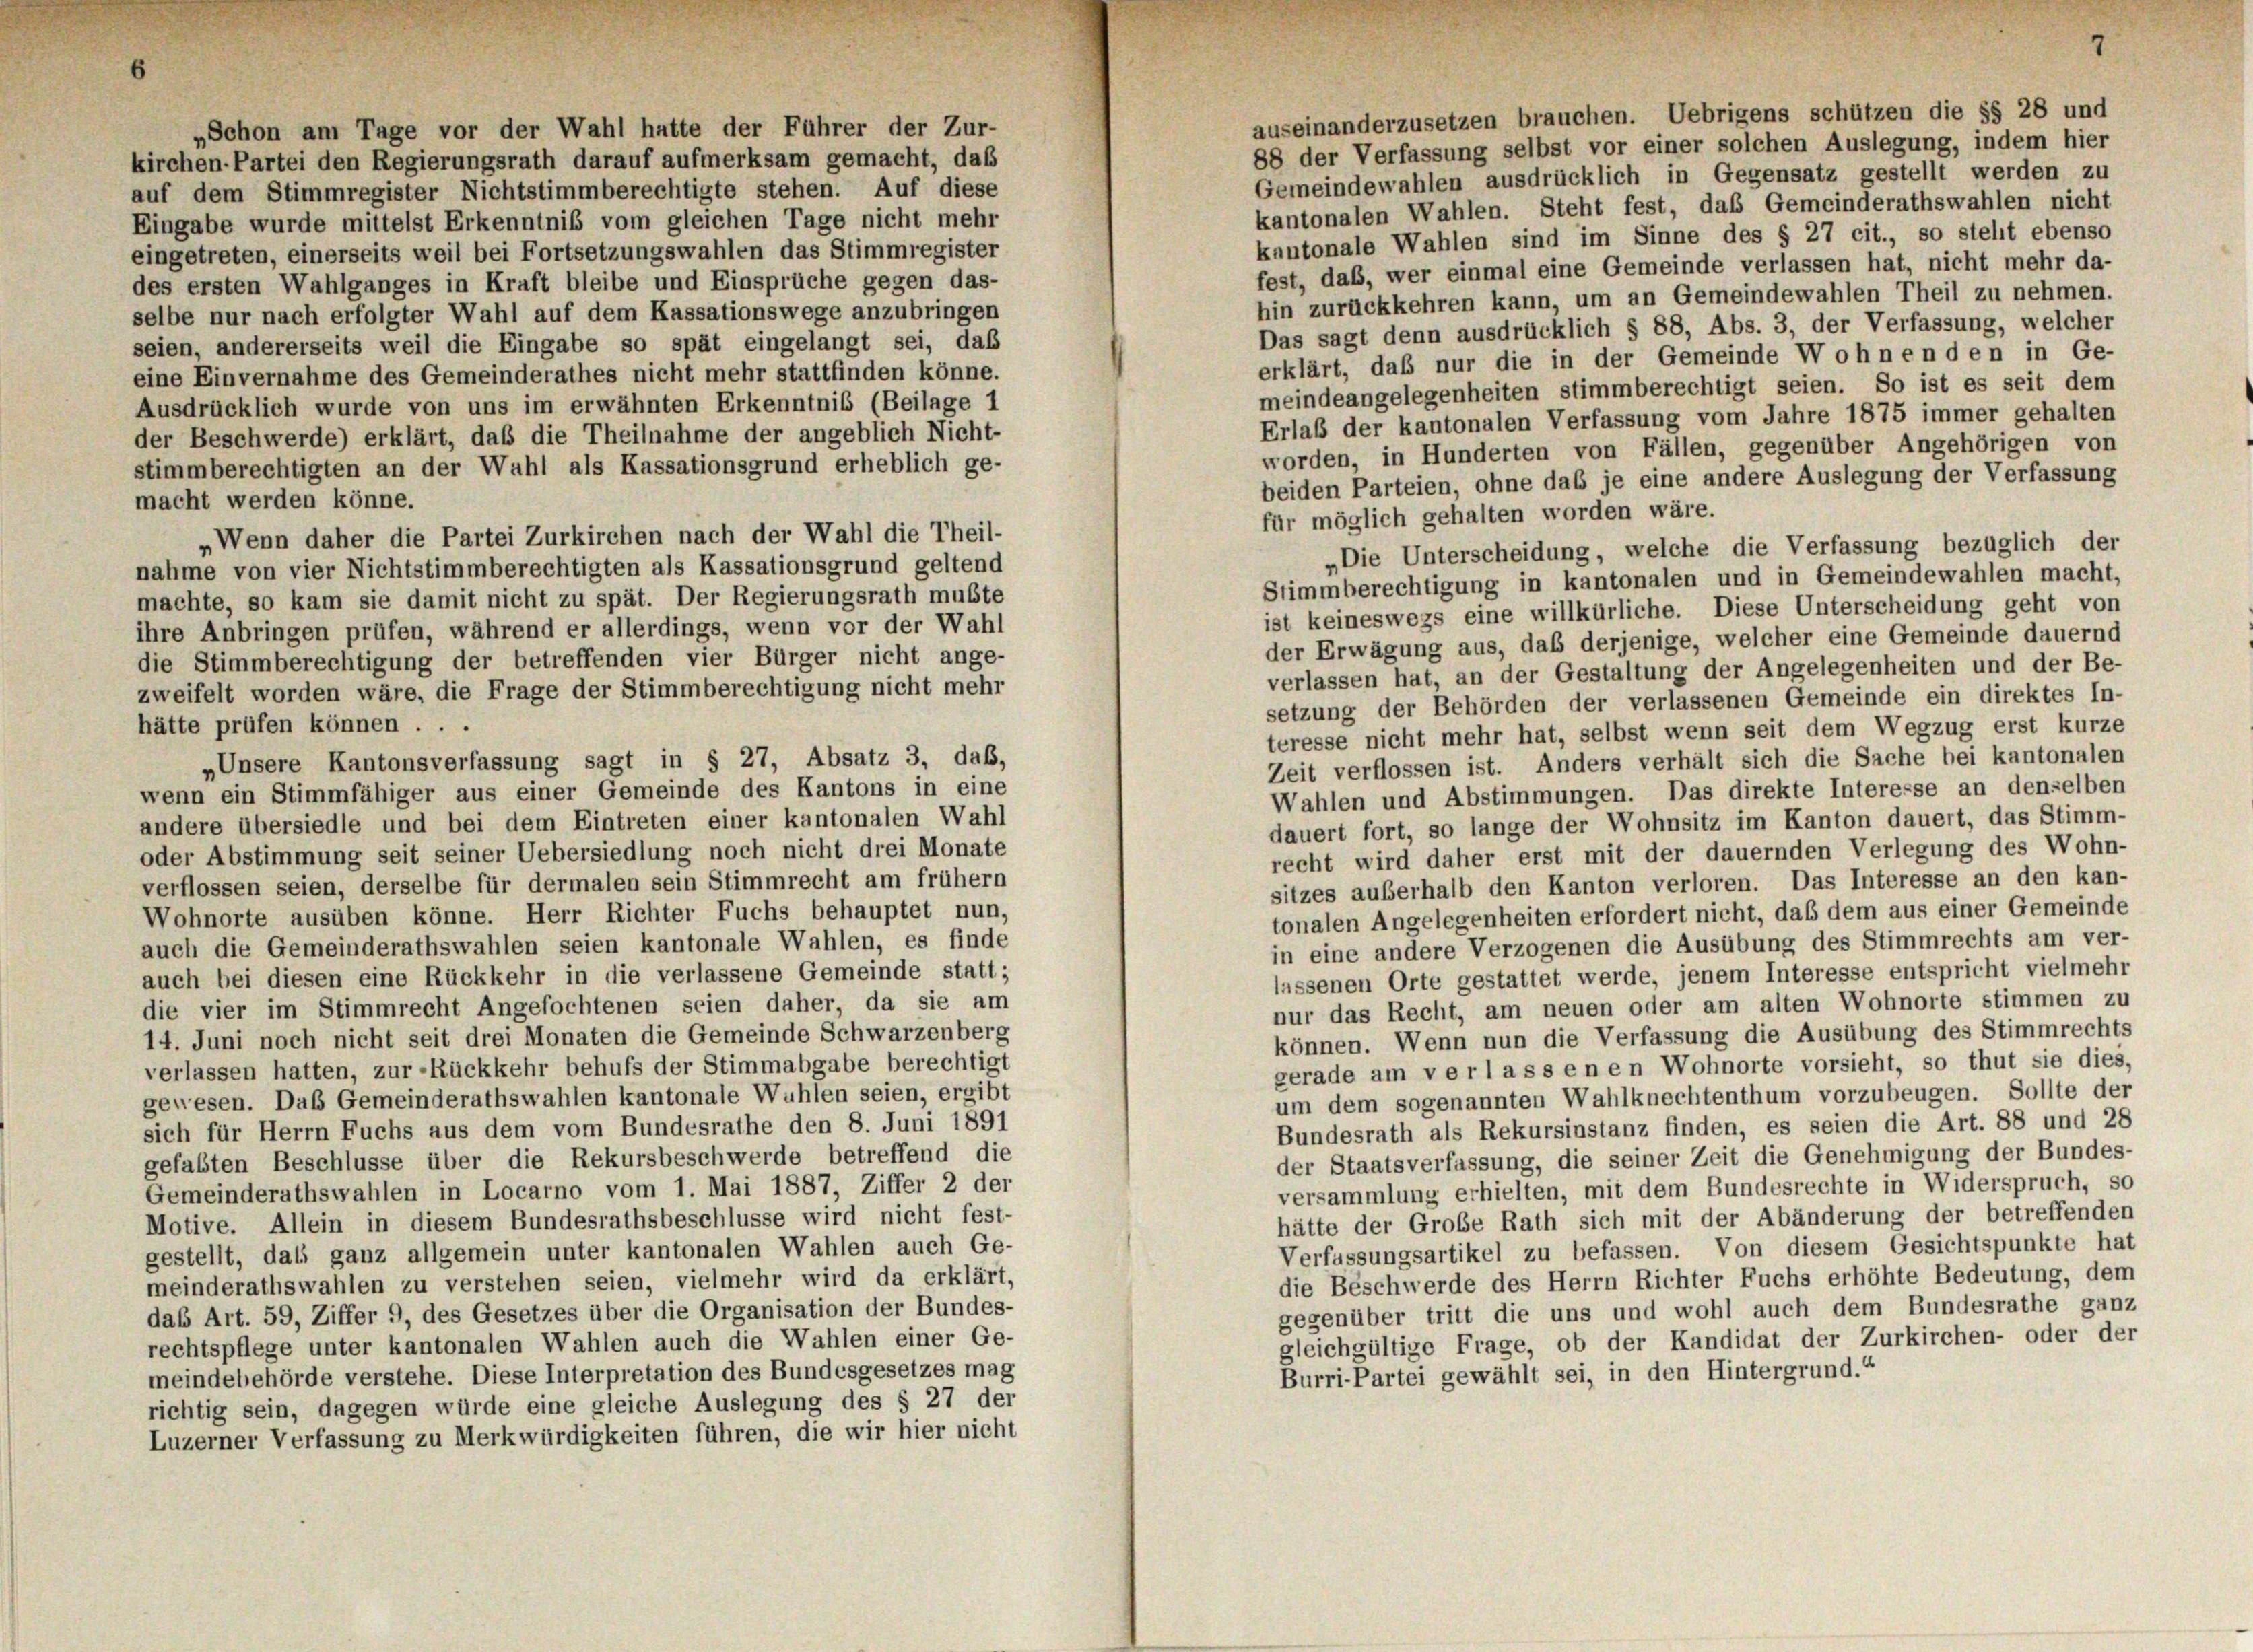
auseinanderzusetzen brauchen. Uebrigens schützen die §§ 28 und
Schon am Tage vor der Wahl hatte der Führer der Zur-
88 der Verfassung selbst vor einer solchen Auslegung, indem hier
kirchen-Partei den Regierungsrath darauf aufmerksam gemacht, daß
Gemeindewahlen ausdrücklich in Gegensatz gestellt werden zu
auf dem Stimmregister Nichtstimmberechtigte stehen. Auf diese
kantonalen Wahlen. Steht fest, das Gemeinderathswahlen nicht
Eingabe wurde mittelst Erkenntniß vom gleichen Tage nicht mehr
kantonale Wahlen sind im Sinne des § 27 cit., so stellt ebenso
eingetreten, einerseits weil bei Fortsetzungswahlen das Stimmregister
fest, daß, wer einmal eine Gemeinde verlassen hat, nicht mehr da-
des ersten Wahlganges in Kraft bleibe und Einsprüche gegen das-
hin zurückkehren kann, um an Gemeindewahlen Theil zu nehmen.
selbe nur nach erfolgter Wahl auf dem Kassationswege anzubringen
Das sagt denn ausdrücklich § 88, Abs. 3, der Verfassung, welcher
seien, andererseits weil die Eingabe so spät eingelangt sei, daß
erklärt, daß nur die in der Gemeinde Wohnen den in Ge-
eine Einvernahme des Gemeinderathes nicht mehr stattfinden könne.
meindeangelegenheiten stimmberechtigt seien. So ist es seit dem
Ausdrücklich wurde von uns im erwähnten Erkenntnis (Beilage 1
Erlaß der kantonalen Verfassung vom Jahre 1875 immer gehalten
der Beschwerde) erklärt, daß die Theilnahme der angeblich Nicht-
worden, in Hunderten von Fällen, gegenüber Angehörigen von
stimmberechtigten an der Wahl als Kassationsgrund erheblich ge-
beiden Parteien, ohne das je eine andere Auslegung der Verfassung
macht werden könne.
für möglich gehalten worden wäre.
Wenn daher die Partei Zurkirchen nach der Wahl die Theil-
„Die Unterscheidung, welche die Verfassung bezüglich der
nahme von vier Nichtstimmberechtigten als Kassationsgrund geltend
Stimmberechtigung in kantonalen und in Gemeindewahlen macht,
machte, so kam sie damit nicht zu spät. Der Regierungsrath mußte
ist keineswegs eine willkürliche. Diese Unterscheidung geht von
ihre Anbringen prüfen, während er allerdings, wenn vor der Wahl
der Erwägung aus, daß derjenige, welcher eine Gemeinde dauernd
die Stimmberechtigung der betreffenden vier Bürger nicht ange-
verlassen hat, an der Gestaltung der Angelegenheiten und der Be-
zweifelt worden wäre, die Frage der Stimmberechtigung nicht mehr
setzung der Behörden der verlassenen Gemeinde ein direktes In-
hätte prüfen können . . .
teresse nicht mehr hat, selbst wenn seit dem Wegzug erst kurze
„Unsere Kantonsverfassung sagt in § 27, Absatz 3, daß,
Zeit verflossen ist. Anders verhält sich die Sache bei kantonalen
wenn ein Stimmfähiger aus einer Gemeinde des Kantons in eine
Wahlen und Abstimmungen. Das direkte Interesse an denselben
andere übersiedle und bei dem Eintreten einer kantonalen Wahl
dauert fort, so lange der Wohnsitz im Kanton dauert, das Stimm-
oder Abstimmung seit seiner Uebersiedlung noch nicht drei Monate
recht wird daher erst mit der dauernden Verlegung des Wohn-
verflossen seien, derselbe für dermalen sein Stimmrecht am frühem
sitzes außerhalb den Kanton verloren. Das Interesse an den kan-
tonalen Angelegenheiten erfordert nicht, daß dem aus einer Gemeinde
Wohnorte ausüben könne. Herr Richter Fuchs behauptet nun,
in eine andere Verzogenen die Ausübung des Stimmrechts am ver-
auch die Gemeinderathswahlen seien kantonale Wahlen, es finde
lassenen Orte gestattet werde, jenem Interesse entspricht vielmehr
auch bei diesen eine Rückkehr in die verlassene Gemeinde statt;
die vier im Stimmrecht Angefochtenen seien daher, da sie am
nur das Recht, am neuen oder am alten Wohnorte stimmen zu
können. Wenn nun die Verfassung die Ausübung des Stimmrechts
14. Juni noch nicht seit drei Monaten die Gemeinde Schwarzenberg
gerade am verlassenen Wohnorte vorsieht, so thut sie dies,
verlassen hatten, zur Rückkehr behufs der Stimmabgabe berechtigt
um dem sogenannten Wahlknechtenthum vorzubeugen. Sollte der
gewesen. Das Gemeinderathswahlen kantonale Wuhlen seien, ergibt
sich für Herrn Fuchs aus dem vom Bundesrathe den 8. Juni 1891
Bundesrath als Rekursinstanz finden, es seien die Art. 88 und 28
der Staatsverfassung, die seiner Zeit die Genehmigung der Bundes-
gefaßten Beschlüsse über die Rekursbeschwerde betreffend die
versammlung erhielten, mit dem Bundesrechte in Widerspruch, so
Gemeinderathswahlen in Locarno vom 1. Mai 1887, Ziffer 2 der
hätte der Große Rath sich mit der Abänderung der betreffenden
Motive. Allein in diesem Bundesrathsbeschlüsse wird nicht fest-
Verfassungsartikel zu befassen. Von diesem Gesichtspunkte hat
gestellt, dass ganz allgemein unter kantonalen Wahlen auch Ge-
die Beschwerde des Herrn Richter Fuchs erhöhte Bedeutung, dem
meinderathswahlen zu verstehen seien, vielmehr wird da erklärt,
gegenüber tritt die uns und wohl auch dem Bundesrathe ganz
das Art. 59, Ziffer 9, des Gesetzes über die Organisation der Bundes-
gleichgültige Frage, ob der Kandidat der Zurkirchen- oder der
rechtspflege unter kantonalen Wahlen auch die Wahlen einer Ge-
meindebehörde verstehe. Diese Interpretation des Bundesgesetzes mag
Burri-Partei gewählt sei, in den Hintergrund.“
richtig sein, dagegen würde eine gleiche Auslegung des § 27 der
Luzerner Verfassung zu Merkwürdigkeiten führen, die wir hier nicht